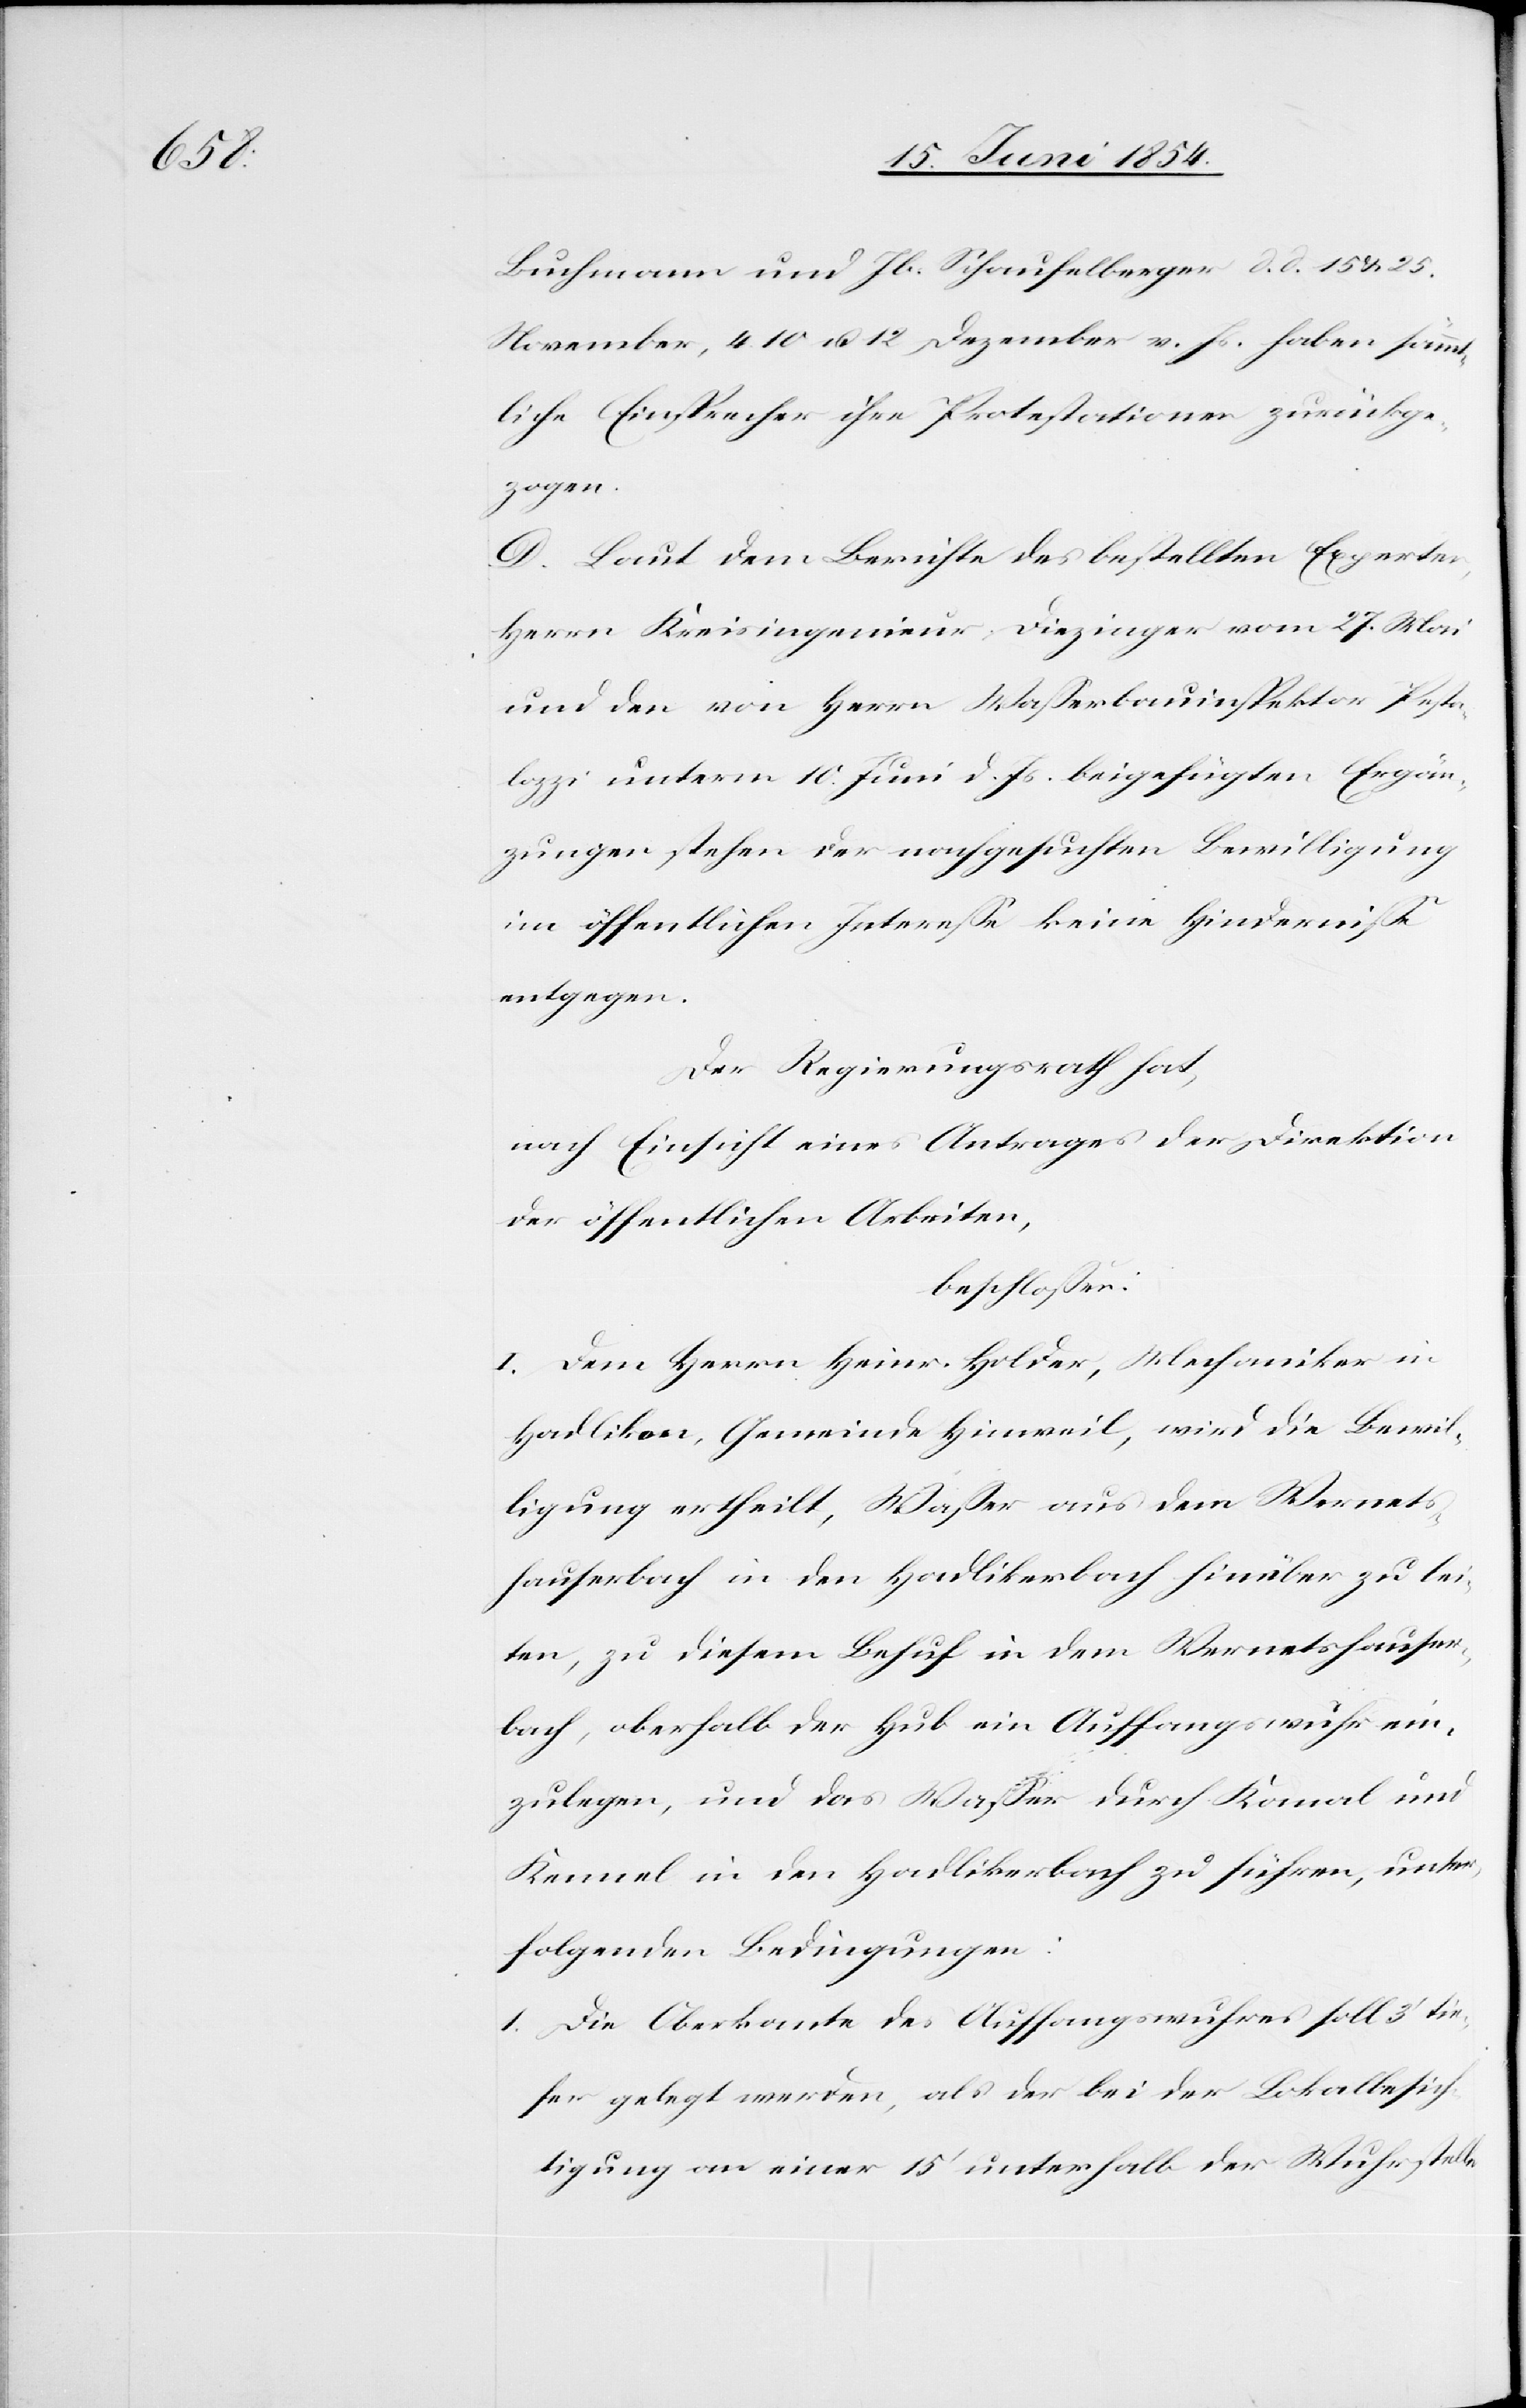
Buchmann und Jb. Schaufelberger d. d. 15. u. 25.
November, 4.[,] 10 u. 12 Dezember v. Js. haben sämmt¬
liche Einsprecher ihre Protestationen zurückge¬
zogen.
D. Laut dem Berichte des bestellten Experten,
Herrn Kreisingenieur Diezinger vom 27. Mai
und den von Herrn Waßerbauinspektor Pesta¬
lozzi unterm 10. Juni d. Js. beigefügten Ergän¬
zungen stehen der nachgesuchten Bewilligung
im öffentlichen Intereße keine Hinderniße
entgegen.
Der Regierungsrath hat,
nach Einsicht eines Antrages der Direktion
der öffentlichen Arbeiten,
beschloßen:
I. Dem Herrn Heinr. Holder, Mechaniker in
Hadlikon, Gemeinde Hinweil, wird die Bewil¬
ligung ertheilt, Waßer aus dem Wernet¬
shauserbach in den Hadlikerbach hinüber zu lei¬
ten, zu diesem Behuf in dem Wernetshauser¬
bach, oberhalb der Hub ein Auffangswuhr ein¬
zulegen, und das Waßer durch Kanal und
Kennel in den Hadlikerbach zu führen, unter
folgenden Bedingungen:
1. Die Oberkante des Auffangswuhres soll 3‘ tie¬
fer gelegt werden, als der bei der Lokalbesich¬
tigung an einer 15‘ unterhalb der Wuhrstelle